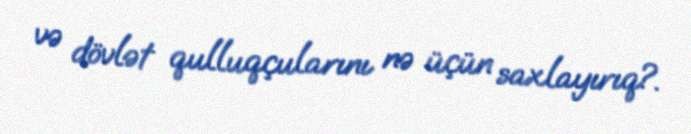
və dövlət qulluqçularını nə üçün saxlayırıq?.